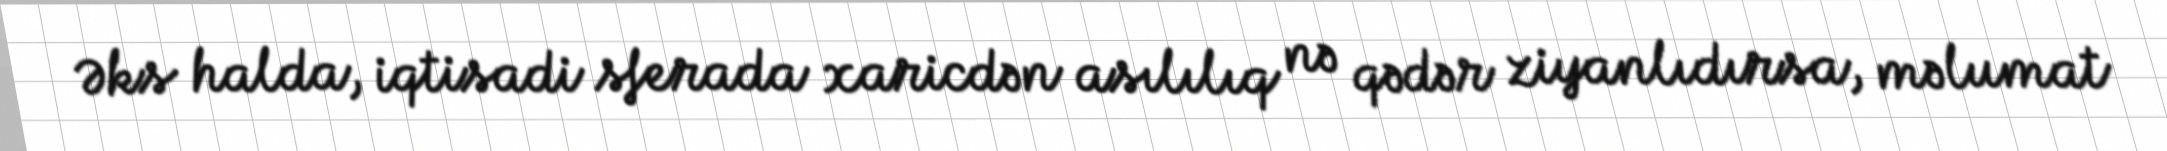
Əks halda, iqtisadi sferada xaricdən asılılıq nə qədər ziyanlıdırsa, məlumat